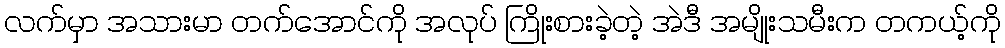
လက်မှာ အသားမာ တက်အောင်ကို အလုပ် ကြိုးစားခဲ့တဲ့ အဲဒီ အမျိုးသမီးက တကယ့်ကို